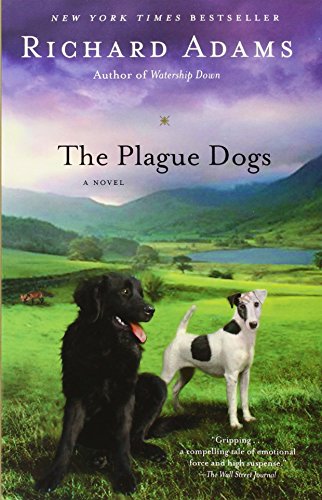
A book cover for The Plague Dogs: A Novel; Richard Adams; Literature & Fiction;